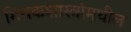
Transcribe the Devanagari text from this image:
मिथकशास्त्रांमधील